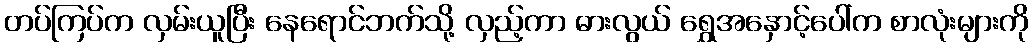
တပ်ကြပ်က လှမ်းယူပြီး နေရောင်ဘက်သို့ လှည့်ကာ ဓားလွယ် ရွှေအနှောင့်ပေါ်က စာလုံးများကို